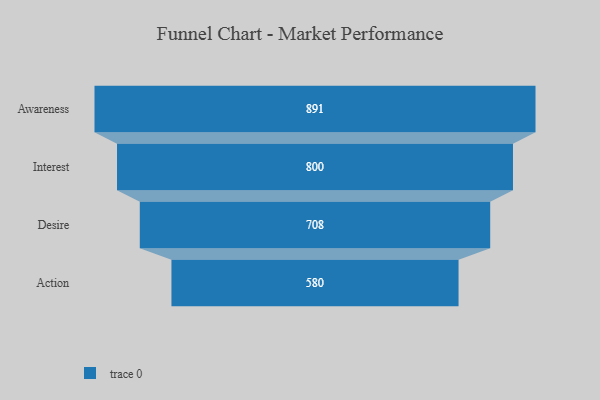
{"axis": {"x": "Stage", "y": "Value"}, "legend": [""], "data": [{"x": "Awareness", "y": 891.0, "type": ""}, {"x": "Interest", "y": 800.0, "type": ""}, {"x": "Desire", "y": 708.0, "type": ""}, {"x": "Action", "y": 580.0, "type": ""}]}